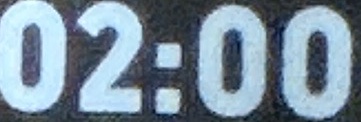
02:00